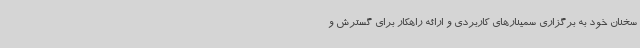
سخنان خود به برگزاری سمینارهای کاربردی و ارائه راهکار برای گسترش و